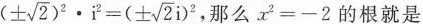
$$(\pm \sqrt{2})^{2}\cdot i^{2}=(\pm \sqrt{2}i)^{2}$$,那么$$x^{2}=-2$$的根就是